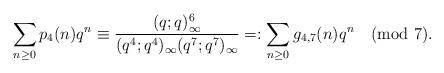
LaTeX: \begin{align*}\sum_{n\ge 0}p_{4}(n)q^n\equiv\frac{(q;q)_\infty^6}{(q^4;q^4)_\infty(q^{7};q^{7})_\infty}=:\sum_{n\ge 0}g_{4,7}(n)q^n \pmod{7}.\end{align*}